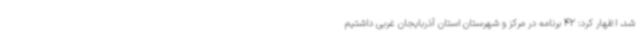
شد، اظهار کرد: 42 برنامه در مرکز و شهرستان استان آذربایجان غربی داشتیم